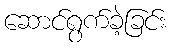
ဆောင်ရွက်ခဲ့ခြင်း